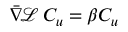
\ensuremath { \bar { \nabla } } \! \ensuremath { \mathcal { L } } \, C _ { u } = \beta C _ { u }